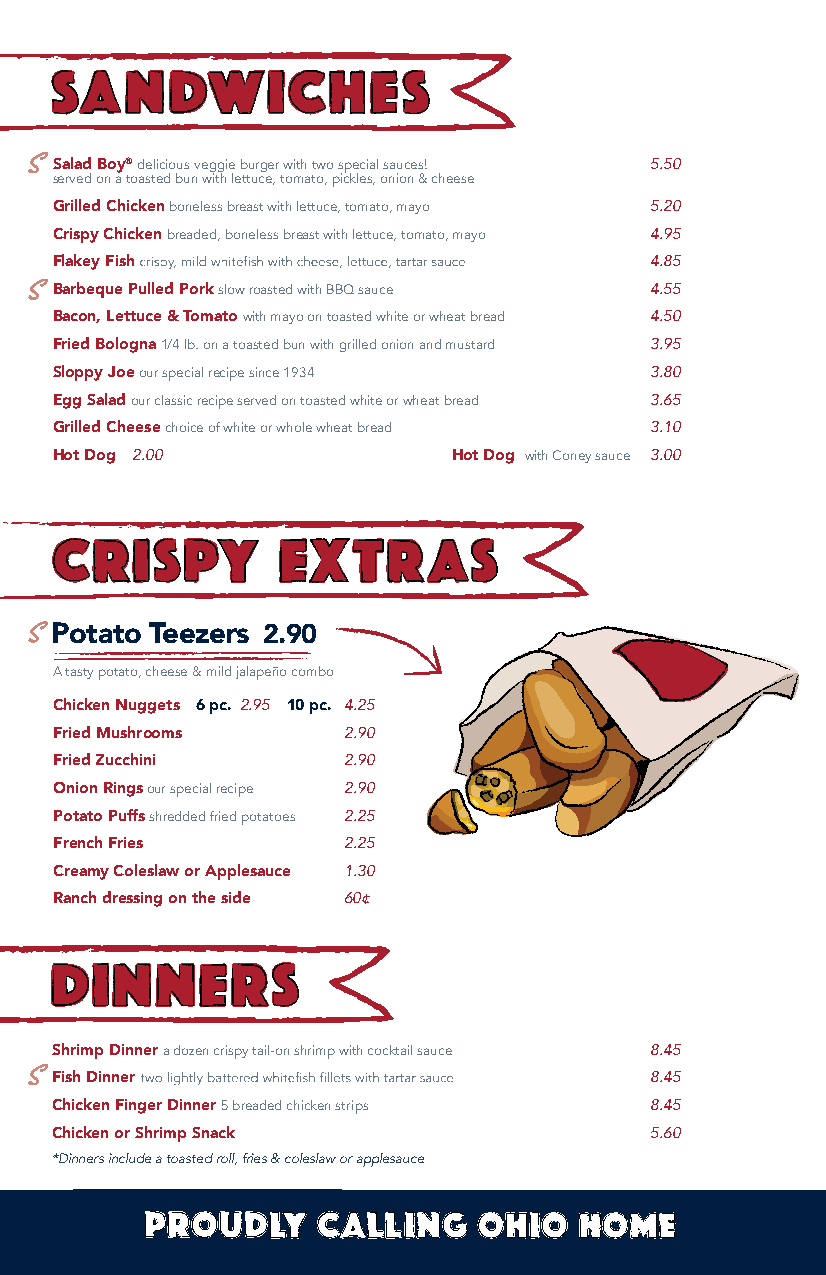
Salad Boy® delicious veggie burger with two special sauces! 5.50
 served on a toasted bun with lettuce, tomato, pickles, onion & cheese
 Grilled Chicken boneless breast with lettuce, tomato, mayo 5.20
 Crispy Chicken breaded, boneless breast with lettuce, tomato, mayo 4.95
 Flakey Fish                             4.85
 Barbeque Pulled Pork slow roasted with BBQ sauce 4.55
 Bacon, Lettuce & Tomato with mayo on toasted white or wheat bread 4.50
 Fried Bologna 1/4 lb. on a toasted bun with grilled onion and mustard 3.95
 Sloppy Joe our special recipe since 1934 3.80
 Egg Salad our classic recipe served on toasted white or wheat bread 3.65
 Grilled Cheese choice of white or whole wheat bread 3.10
 Hot Dog 2.00               Hot Dog with Coney sauce 3.00
 Potato Teezers 2.90
 A tasty potato, cheese & mild jalapeño combo
 Chicken Nuggets 6 pc. 2.95 10 pc. 4.25
 Fried Mushrooms    2.90
 Fried Zucchini     2.90
 Onion Rings our special recipe 2.90
 Potato Puffs shredded fried potatoes 2.25
 French Fries       2.25
 Creamy Coleslaw or Applesauce 1.30
 Ranch dressing on the side 60¢
 Shrimp Dinner a dozen crispy tail-on shrimp with cocktail sauce 8.45
 Fish Dinner                             8.45
 Chicken Finger Dinner 5 breaded chicken strips 8.45
 Chicken or Shrimp Snack                 5.60
 *Dinners include a toasted roll, fries & coleslaw or applesauce